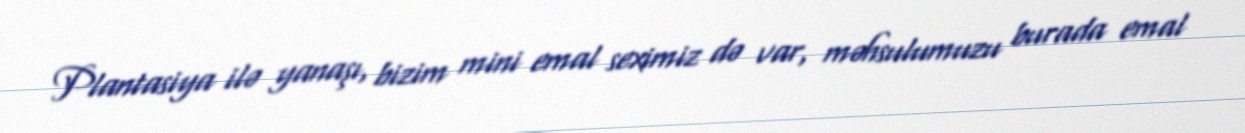
Plantasiya ilə yanaşı, bizim mini emal seximiz də var, məhsulumuzu burada emal